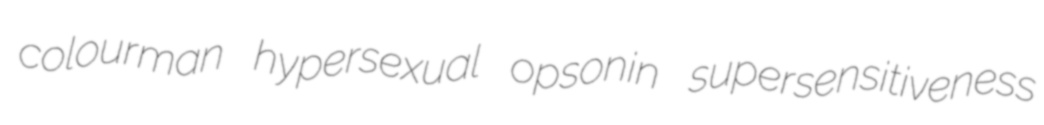
colourman hypersexual opsonin supersensitiveness